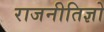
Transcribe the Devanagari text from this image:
राजनीतिज्ञो